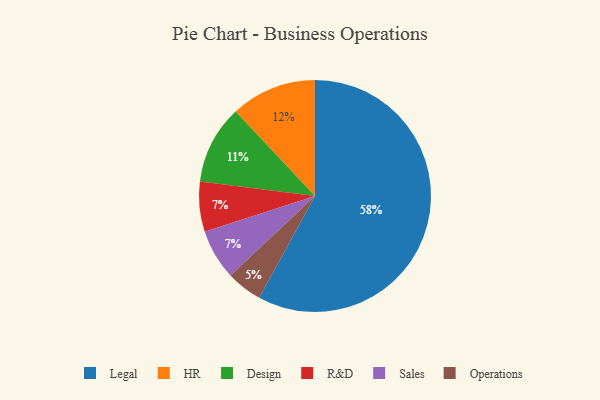
{"axis": {"x": "Category", "y": "Percentage"}, "legend": ["Design", "HR", "Legal", "Operations", "R&D", "Sales"], "data": [{"x": "Legal", "y": 58, "type": "Legal"}, {"x": "R&D", "y": 7, "type": "R&D"}, {"x": "Design", "y": 11, "type": "Design"}, {"x": "Sales", "y": 7, "type": "Sales"}, {"x": "HR", "y": 12, "type": "HR"}, {"x": "Operations", "y": 5, "type": "Operations"}]}